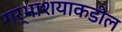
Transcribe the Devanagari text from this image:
गर्भाशयाकडील